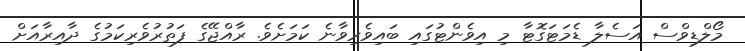
މޯލްޑިވްސް އަސެލާ ޑެމަޓަގޮޓާ މި އިވެންޓުގައި ބައިވެރިވާނެ ކަމަށެވެ. ރާއްޖޭގެ ފަތުރުވެރިކަމުގެ ދާއިރާއަށް